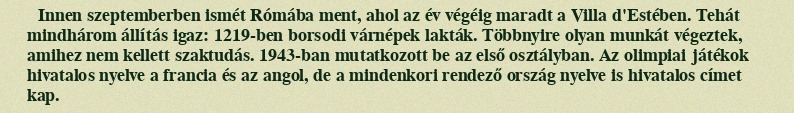
Innen szeptemberben ismét Rómába ment, ahol az év végéig maradt a Villa d'Estében. Tehát mindhárom állítás igaz: 1219-ben borsodi várnépek lakták. Többnyire olyan munkát végeztek, amihez nem kellett szaktudás. 1943-ban mutatkozott be az első osztályban. Az olimpiai játékok hivatalos nyelve a francia és az angol, de a mindenkori rendező ország nyelve is hivatalos címet kap.